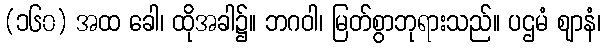
(၁၆၀) အထ ခေါ၊ ထိုအခါ၌။ ဘဂဝါ၊ မြတ်စွာဘုရားသည်။ ပဌမံ ဈာနံ၊